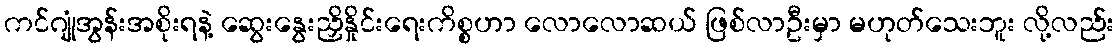
ကင်ဂျုံအွန်းအစိုးရနဲ့ ဆွေးနွေးညှိနှိုင်းရေးကိစ္စဟာ လောလောဆယ် ဖြစ်လာဦးမှာ မဟုတ်သေးဘူး လို့လည်း